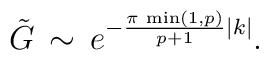
\displaystyle \tilde{G}\, \sim \, e^{-\frac{\pi \, \min (1,p)}{p+1}|k|}.